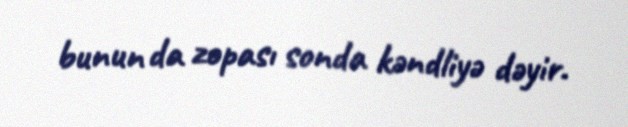
bunun da zopası sonda kəndliyə dəyir.